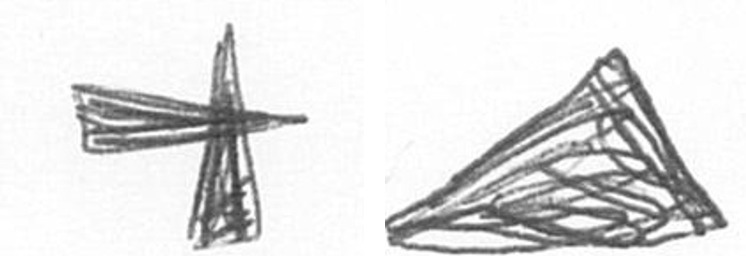
G O